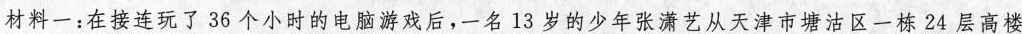
材料一：在接连玩了36个小时的电脑游戏后，一名13岁的少年张潇艺从天津市塘沽区一栋24 层高楼